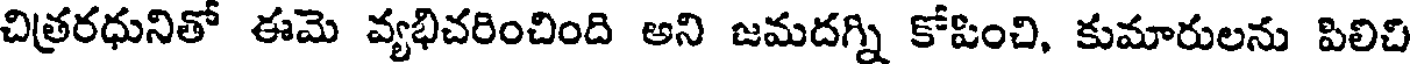
చిత్రరధునితో ఈమె వ్యభిచరించింది అని జమదగ్ని కోపించి, కుమారులను పిలిచి